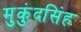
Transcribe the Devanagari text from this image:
मुकुंदसिंह